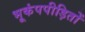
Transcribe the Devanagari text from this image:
भूकंपपीड़ितों